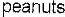
PEANUTS